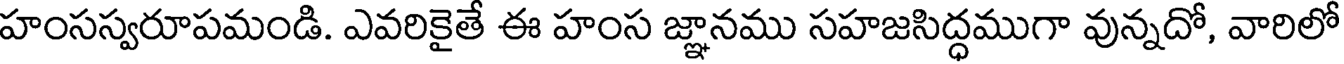
హంసస్వరూపమండి. ఎవరికైతే ఈ హంస జ్ఞానము సహజసిద్ధముగా వున్నదో, వారిలో